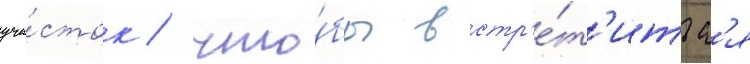
уча́сток / что́бы встр'е́т'итьс'я